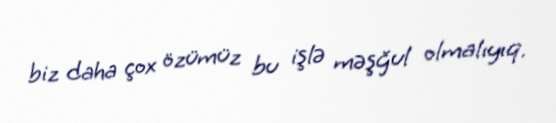
biz daha çox özümüz bu işlə məşğul olmalıyıq.